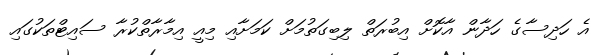
އެ ހަދިސާގެ ހަދާން އާކޮށް އިބުރަތް ލިބިގަތުމަށް ކަމަށާއި މިއީ އިމާރާތްކުރާ ސައިޓްތަކުގައި